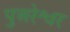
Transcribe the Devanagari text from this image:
पुअरेश्वर